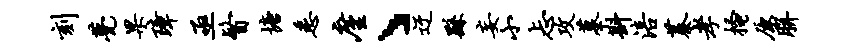
刻甍果璋亟瞥塘悉廑丶迂繇妄小忐攻墓斟涪蓁孝搔原胼